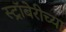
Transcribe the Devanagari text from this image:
स्ट्रॉबेरीच्या